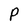
Character: P